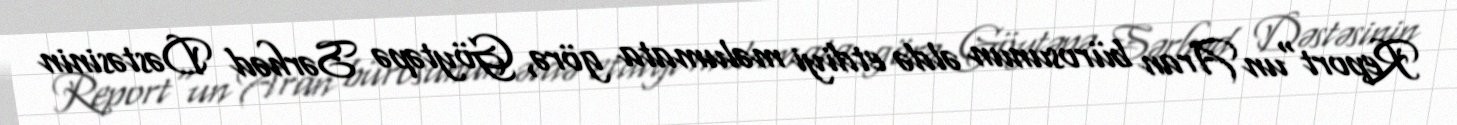
Report"un Aran bürosunun əldə etdiyi məlumata görə, Göytəpə Sərhəd Dəstəsinin